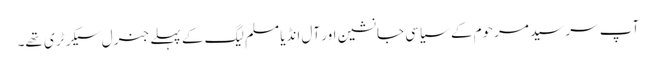
آپ سر سید مرحوم کے سیاسی جانشین اور آل انڈیا مسلم لیگ کے پہلے جنرل سیکرٹری تھے۔